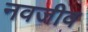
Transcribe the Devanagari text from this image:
नवजीव